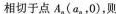
2020)，设双曲线E。的左、右焦点分别为F，F。，P是